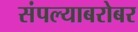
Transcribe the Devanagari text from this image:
संपल्याबरोबर